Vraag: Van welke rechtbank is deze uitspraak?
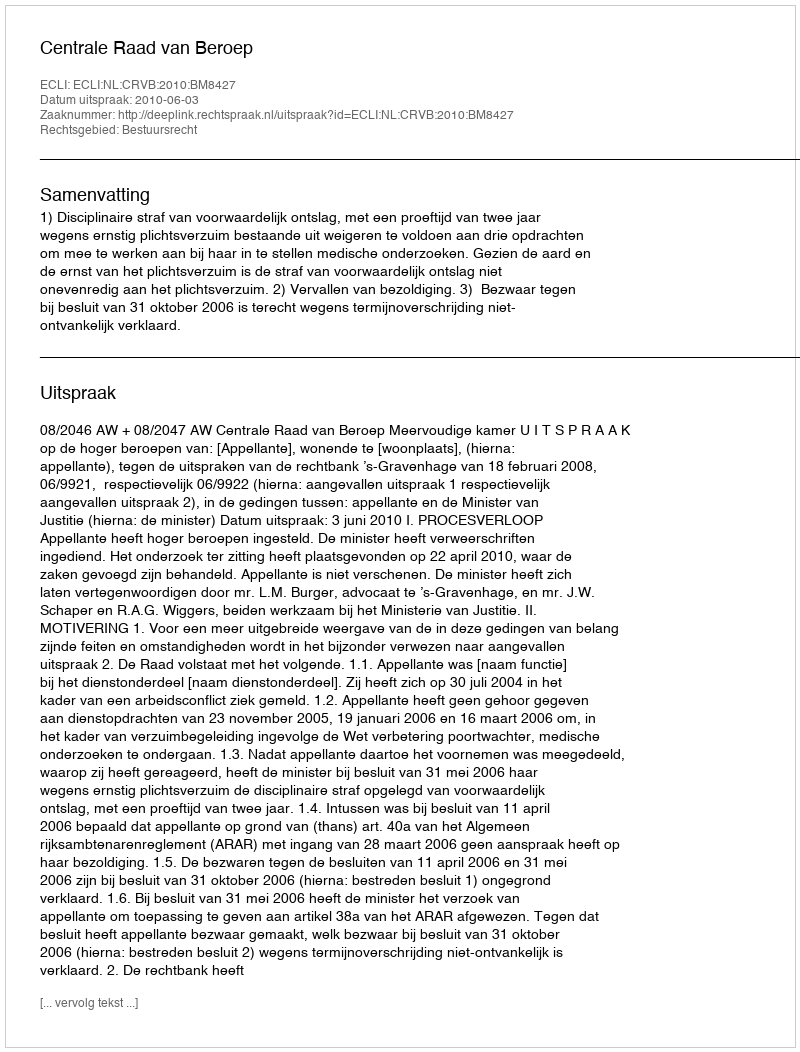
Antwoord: Centrale Raad van Beroep